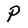
Character: P